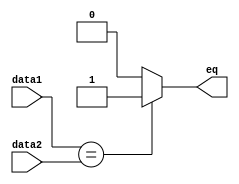
module com(
    input [3:0] data1,
    input [3:0] data2,
    output reg eq
);

always @* begin
    if (data1 == data2)
        eq = 1'b1;
    else
        eq = 1'b0;
end
endmodule